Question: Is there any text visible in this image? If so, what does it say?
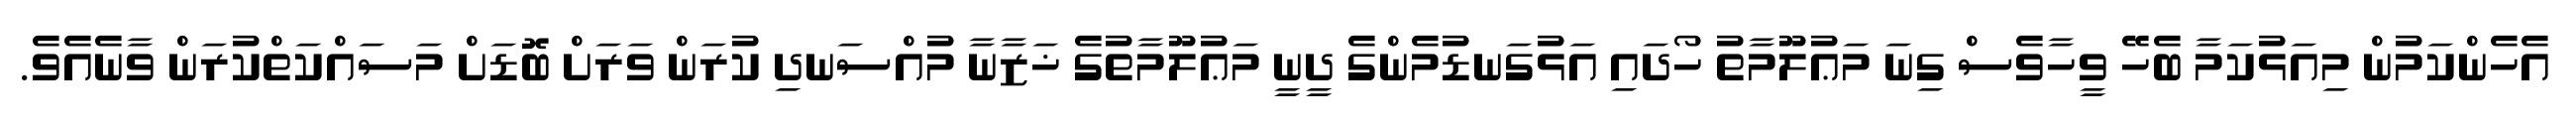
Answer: އެހެންކަމުން މިއަޅުކަމާ ބެހޭ ވީހާވެސް ގިނަ މަޢުލޫމާތު ހޯދައި އަޅުގަނޑުމެންގެ ދީނީ މަޢުލޫމާތުގެ ޚަޒާނާ މުއްސަނދި ކުރަން ވަރަށް ބޮޑަށް މަސައްކަތްކުރަން ވާނެއެވެ.